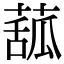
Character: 𦸈